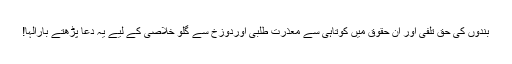
بندوں کی حق تلفی اور ان حقوق میں کوتاہی سے معذرت طلبی اوردوزخ سے گلو خلاصی کے لیے یہ دعا پڑھتے بارالہا!